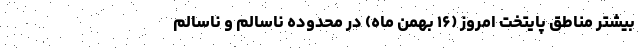
‌بیشتر مناطق ‌پایتخت امروز (۱۶ بهمن ماه) در محدوده ناسالم و ناسالم